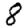
Digit: 8